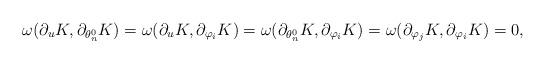
LaTeX: \begin{align*}\omega ( \partial_u K,\partial_{\theta_n^0} K) = \omega ( \partial_u K,\partial_{\varphi_i} K) =\omega ( \partial_{\theta_n^0} K,\partial_{\varphi_i} K) = \omega ( \partial_{\varphi_j} K,\partial_{\varphi_i} K) = 0,\end{align*}